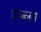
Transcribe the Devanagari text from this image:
एम्ब्लम